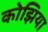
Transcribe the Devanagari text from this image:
कोझिया